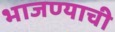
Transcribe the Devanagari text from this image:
भाजण्याची